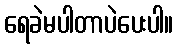
ရေခဲမပါတာပဲပေးပါ။